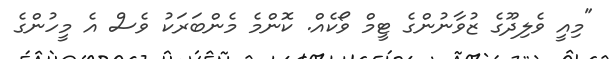
"މިއީ ވެލިދޫގެ ޒުވާނުންގެ ޓީމް ވޯކެއް. ކޮންމެ މެންބަރަކު ވެސް އެ މީހުންގެ